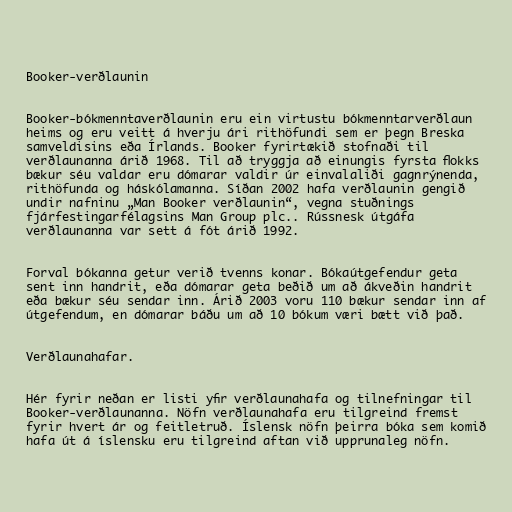
Booker-verðlaunin

Booker-bókmenntaverðlaunin eru ein virtustu bókmenntarverðlaun
heims og eru veitt á hverju ári rithöfundi sem er þegn Breska
samveldisins eða Írlands. Booker fyrirtækið stofnaði til
verðlaunanna árið 1968. Til að tryggja að einungis fyrsta flokks
bækur séu valdar eru dómarar valdir úr einvalaliði gagnrýnenda,
rithöfunda og háskólamanna. Síðan 2002 hafa verðlaunin gengið
undir nafninu „Man Booker verðlaunin“, vegna stuðnings
fjárfestingarfélagsins Man Group plc.. Rússnesk útgáfa
verðlaunanna var sett á fót árið 1992.

Forval bókanna getur verið tvenns konar. Bókaútgefendur geta
sent inn handrit, eða dómarar geta beðið um að ákveðin handrit
eða bækur séu sendar inn. Árið 2003 voru 110 bækur sendar inn af
útgefendum, en dómarar báðu um að 10 bókum væri bætt við það.

Verðlaunahafar.

Hér fyrir neðan er listi yfir verðlaunahafa og tilnefningar til
Booker-verðlaunanna. Nöfn verðlaunahafa eru tilgreind fremst
fyrir hvert ár og feitletruð. Íslensk nöfn þeirra bóka sem komið
hafa út á íslensku eru tilgreind aftan við upprunaleg nöfn.